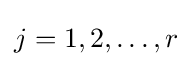
j=1,2,\dots ,r